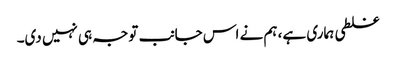
غلطی ہماری ہے، ہم نے اس جانب توجہ ہی نہیں دی۔